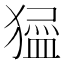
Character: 𱮞